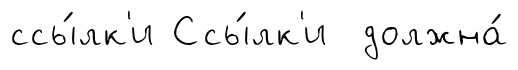
ссы́лк'и Ссы́лк'и должна́